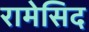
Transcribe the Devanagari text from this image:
रामेसिद